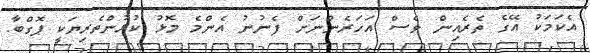
އެކަމަކު އޭގެ ތެރެއިން ވެސް އަހަރެންނަށް ފެނުނު އެންމެ މޮޅު ކުޅުންތެރިޔަކީ ޕޮގްބާ.